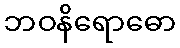
ဘဝနိရောဓော